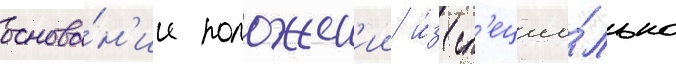
основа́н'ии положен'ии и́з сп'ециа́льно